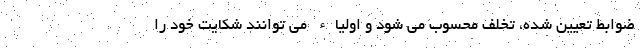
ضوابط تعیین شده، تخلف محسوب می شود و اولیاء می توانند شکایت خود را